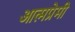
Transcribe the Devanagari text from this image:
आत्मप्रेमी